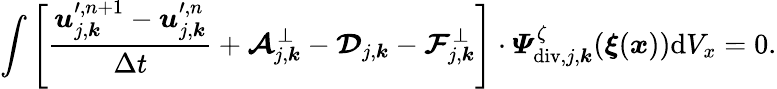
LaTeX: \begin{array}{r}{\displaystyle\int\left[\frac{\boldsymbol{u}_{j,\boldsymbol{k}}^{\prime,n+1}-\boldsymbol{u}_{j,\boldsymbol{k}}^{\prime,n}}{\Delta t}+\boldsymbol{\mathcal{A}}_{j,\boldsymbol{k}}^{\bot}-\boldsymbol{\mathcal{D}}_{j,\boldsymbol{k}}-\boldsymbol{\mathcal{F}}_{j,\boldsymbol{k}}^{\bot}\right]\cdot\boldsymbol{\varPsi}_{\mathrm{div},j,\boldsymbol{k}}^{\zeta}(\boldsymbol{\xi}(\boldsymbol{x}))\mathrm{d}V_{x}=0.}\end{array}